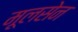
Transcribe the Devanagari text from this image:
मूलसेन